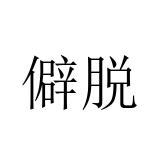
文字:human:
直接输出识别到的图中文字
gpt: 僻脱